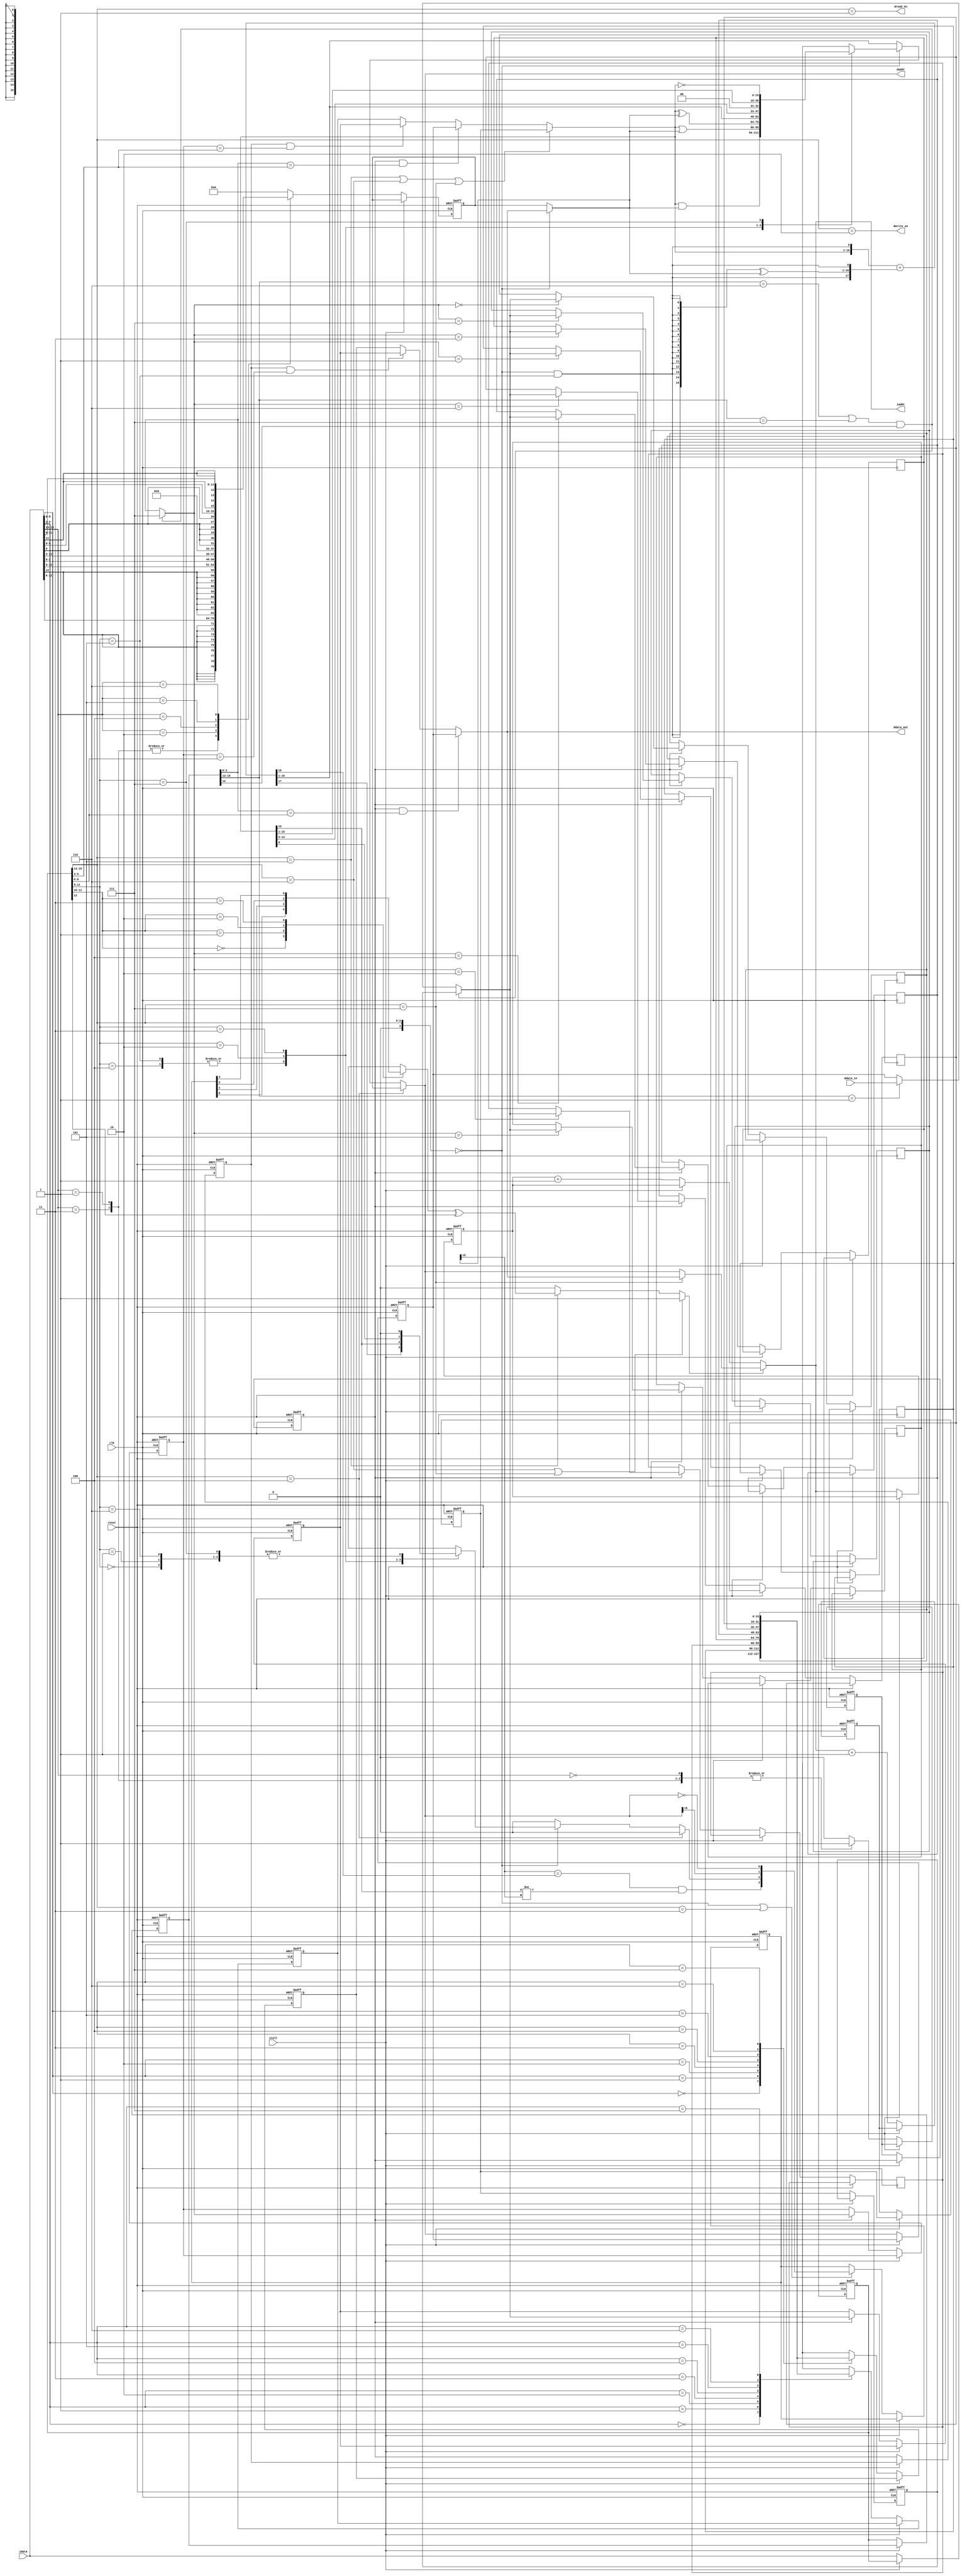
// 
// Copyright 2013 Jeff Bush
// 
// Licensed under the Apache License, Version 2.0 (the "License");
// you may not use this file except in compliance with the License.
// You may obtain a copy of the License at
// 
//     http://www.apache.org/licenses/LICENSE-2.0
// 
// Unless required by applicable law or agreed to in writing, software
// distributed under the License is distributed on an "AS IS" BASIS,
// WITHOUT WARRANTIES OR CONDITIONS OF ANY KIND, either express or implied.
// See the License for the specific language governing permissions and
// limitations under the License.
// 



//
// The execution pipeline has four stages:
//  Instruction Fetch -> Instruction Decode -> Execute -> Writeback
//

//`define ENABLE_TRACING 1

module pipeline(
    input           clk,
    input           reset,
    
    input           stall,

    // Instruction Memory Interface
    output[15:0]    iaddr,
    input[15:0]     idata,

    // Data Memory Interface
    output[15:0]    daddr,
    output[15:0]    ddata_out,
    input[15:0]     ddata_in,
    output          dwrite_en,
    output          dread_en);

    localparam LINK_REGISTER = 3'd7;

    // Instruction Type Field Values (bits 15-13)
    localparam IT_ARITH = 3'b000;
    localparam IT_LOAD = 3'b001;
    localparam IT_STORE = 3'b010;
    localparam IT_ADDI = 3'b011;
    localparam IT_LUI = 3'b100;
    localparam IT_CONDBR = 3'b101;
    localparam IT_UNCONDBR = 3'b110;
    localparam IT_BRANCHREG = 3'b111;

    // ALU operation (low bits of arithmetic instruction operation field)
    localparam OP_AND = 3'b000;
    localparam OP_OR = 3'b001;
    localparam OP_SHL = 3'b010;
    localparam OP_SHR = 3'b011;
    localparam OP_ADD = 3'b100;
    localparam OP_SUB = 3'b101;
    localparam OP_XOR = 3'b110;
    localparam OP_NOT = 3'b111;
    
    // Condition flags
    localparam CC_Z = 2'd0;
    localparam CC_N = 2'd1;
    localparam CC_C = 2'd2;
    localparam CC_O = 2'd3;

    // Architectural State
    reg[15:0] pc;
    reg[15:0] registers[0:7];
    reg[3:0] condition_codes;
    
    integer i;
    initial
    begin
        for (i = 0; i < 8; i = i + 1)
            registers[i] = 0;
    end

    // Signals that are internal to a stage are prefixed with a two character stage 
    // identifier.  Signals that connect stages have two prefixes: the source and 
    // destination stages.
    reg[15:0] if_id_pc;
    wire[15:0] if_id_instruction;
    reg[15:0] id_ex_instruction;    
    reg[15:0] id_ex_rega;
    reg[15:0] id_ex_regb;
    reg id_ex_has_writeback;
    reg[15:0] id_ex_immediate;
    reg[15:0] id_ex_pc;
    reg[15:0] ex_wb_instruction;
    reg ex_wb_has_writeback;
    reg[15:0] ex_alu_result;
    reg[15:0] ex_wb_result;
    wire[16:0] ex_add_sub_result;   // Note extra bit
    wire ex_ignore;
    wire[3:0] ex_instruction_type;
    wire[3:0] ex_arith_op;
    reg[15:0] ex_wb_pc;
    reg[15:0] ex_regb_bypassed;
    reg[15:0] ex_operand1;
    reg[15:0] ex_operand2;
    wire ex_carry_in;
    reg ex_carry_out;
    wire use_cc;
    wire ex_do_subtract;
    wire ex_is_branch;
    wire ex_overflow;
    reg ex_branch_flag;
    reg ex_if_branch_en;
    wire[15:0] ex_if_branch_target;
    wire[2:0] wb_writeback_reg;
    reg[15:0] wb_writeback_value;
    wire wb_is_call;
    wire[2:0] wb_instruction_type;
    wire wb_link;
    reg[15:0] id_immediate;
    reg[2:0] wb_ex_bypass_reg;
    reg[15:0] wb_ex_bypass_value;
    reg wb_ex_has_bypass;
    wire wb_save_link;
    reg[15:0] pc_nxt;

    //////////////////////////////////////////////////////////////
    //
    // Instruction Fetch Stage
    //
    //////////////////////////////////////////////////////////////

    always @*
    begin
        if (ex_if_branch_en)
            pc_nxt = ex_if_branch_target;
        else if (stall)
            pc_nxt = pc;
        else 
            pc_nxt = pc + 16'd1;
    end

    assign iaddr = pc_nxt;
    assign if_id_instruction = idata;   // Note: has latency of one cycle

    always @(posedge clk, posedge reset)
    begin
        if (reset)
        begin
            if_id_pc <= 0;
            pc <= 16'hffff;
        end
        else if (!stall)
        begin
            pc <= pc_nxt;
            if_id_pc <= iaddr + 16'd1;
        end
    end

    //////////////////////////////////////////////////////////////
    //
    // Instruction Decode Stage
    //
    //////////////////////////////////////////////////////////////

    always @*
    begin
        case (if_id_instruction[15:13])
            IT_LOAD,
            IT_ADDI: id_immediate = { {9{if_id_instruction[12]}}, 
                if_id_instruction[12:6] };
            IT_STORE: id_immediate = { {9{if_id_instruction[12]}}, 
                if_id_instruction[12:9], if_id_instruction[2:0] };
            IT_LUI: id_immediate = { if_id_instruction[12:3], 6'd0 };
            IT_CONDBR: id_immediate = { {6{if_id_instruction[9]}}, 
                if_id_instruction[9:0] };
            IT_UNCONDBR: id_immediate = { {4{if_id_instruction[11]}}, 
                if_id_instruction[11:0] };
            default: id_immediate = 0;
        endcase 
    end

    always @(posedge clk, posedge reset)
    begin
        if (reset)
        begin
            id_ex_instruction <= 0;
            id_ex_rega <= 0;
            id_ex_regb <= 0;
            id_ex_has_writeback <= 0;
            id_ex_immediate <= 0;
            id_ex_pc <= 0;
        end
        else if (!stall)
        begin
            id_ex_instruction <= if_id_instruction;
            id_ex_rega <= registers[if_id_instruction[5:3]];
            id_ex_regb <= registers[if_id_instruction[8:6]];
            id_ex_pc <= if_id_pc;
            id_ex_immediate <= id_immediate;
            case (if_id_instruction[15:13])
                IT_ARITH,
                IT_LOAD,
                IT_ADDI,
                IT_LUI: id_ex_has_writeback <= 1;
                default: id_ex_has_writeback <= 0;
            endcase
        end
    end 

    //////////////////////////////////////////////////////////////
    //
    // Execute Stage
    //
    //////////////////////////////////////////////////////////////

    assign ex_instruction_type = id_ex_instruction[15:13];
    assign ex_arith_op = id_ex_instruction[11:9];
    assign ex_is_branch = ex_instruction_type == IT_CONDBR
        || ex_instruction_type == IT_UNCONDBR
        || ex_instruction_type == IT_BRANCHREG;

    // ALU Operand1. Bypasses results from end of execute/writeback stages.
    // This will also select PC as the first operand for branches (reusing
    // the ALU to compute the branch target).
    always @*
    begin
        if (ex_is_branch)
            ex_operand1 = id_ex_pc;
        else if (ex_wb_has_writeback && ex_wb_instruction[2:0] == id_ex_instruction[5:3])
            ex_operand1 = ex_wb_result; 
        else if (wb_ex_has_bypass && wb_ex_bypass_reg == id_ex_instruction[5:3])
            ex_operand1 = wb_ex_bypass_value;
        else
            ex_operand1 = id_ex_rega;
    end

    // Bypass regb from execute/writeback stages.
    // for stores, we will use this for the value to be stored, and operand 2 will 
    // contain the offset.
    always @*
    begin
        if (ex_wb_has_writeback && ex_wb_instruction[2:0] == id_ex_instruction[8:6])
            ex_regb_bypassed = ex_wb_result; 
        else if (wb_ex_has_bypass && wb_ex_bypass_reg == id_ex_instruction[8:6])
            ex_regb_bypassed = wb_ex_bypass_value;
        else
            ex_regb_bypassed = id_ex_regb;
    end
    
    // ALU Operand 2.  Select either register value or immediate value.  
    // The ALU is also overloaded to compute memory access addresses.
    always @*
    begin
        if (ex_instruction_type == IT_ARITH)
            ex_operand2 = ex_regb_bypassed;
        else 
            ex_operand2 = id_ex_immediate;
    end

    // ALU
    assign use_cc = ex_arith_op[3];
    assign ex_do_subtract = ex_instruction_type == IT_ARITH && ex_arith_op == OP_SUB;
    assign ex_carry_in = (ex_do_subtract ^ (condition_codes[CC_C] && use_cc));
    assign { ex_add_sub_result, ex_ignore } = { 1'b0, ex_operand1, ex_carry_in } 
        + { ex_do_subtract, {16{ex_do_subtract}} ^ ex_operand2, ex_carry_in };
    assign ex_overflow = ex_operand2[15] == ex_add_sub_result[15] 
        && ex_operand1[15] != ex_operand2[15];

    always @*
    begin
        ex_carry_out = 0;

        if (ex_instruction_type == IT_LUI)
            ex_alu_result = id_ex_immediate;
        else if (ex_instruction_type == IT_ARITH)
        begin
            case (ex_arith_op[2:0])
                OP_AND: ex_alu_result = ex_operand1 & ex_operand2;
                OP_OR: ex_alu_result = ex_operand1 | ex_operand2; 
                OP_XOR: ex_alu_result = ex_operand1 ^ ex_operand2;
                OP_ADD,
                OP_SUB: { ex_carry_out, ex_alu_result } = ex_add_sub_result;
                OP_SHL: { ex_carry_out, ex_alu_result } = { ex_operand1, condition_codes[CC_C] && use_cc };
                OP_SHR: { ex_alu_result, ex_carry_out } = { use_cc && condition_codes[CC_C], ex_operand1 };
                OP_NOT: ex_alu_result = ~ex_operand1;
            endcase
        end
        else
            ex_alu_result = ex_add_sub_result[15:0];
    end

    // Branch control
    always @*
    begin
        case (id_ex_instruction[11:10])
            CC_Z: ex_branch_flag = condition_codes[CC_Z];
            CC_N: ex_branch_flag = condition_codes[CC_N];
            CC_C: ex_branch_flag = condition_codes[CC_C];
            CC_O: ex_branch_flag = condition_codes[CC_O];
        endcase
    end

    assign ex_if_branch_target = ex_instruction_type == IT_BRANCHREG
        ? ex_regb_bypassed
        : ex_alu_result; 

    always @*
    begin
        if (ex_instruction_type == IT_UNCONDBR || ex_instruction_type == IT_BRANCHREG)
            ex_if_branch_en = 1;
        else if (ex_instruction_type == IT_CONDBR)
            ex_if_branch_en = ex_branch_flag ^ id_ex_instruction[12];
        else
            ex_if_branch_en = 0;
    end
    
    // Data access
    assign daddr = ex_alu_result;
    assign dwrite_en = ex_instruction_type == IT_STORE;
    assign dread_en = ex_instruction_type == IT_LOAD;
    assign ddata_out = ex_regb_bypassed;
    
    always @(posedge clk, posedge reset)
    begin
        if (reset)
        begin
            ex_wb_instruction <= 0;
            ex_wb_has_writeback <= 0;
            ex_wb_result <= 0;
            ex_wb_pc <= 0;
            condition_codes <= 0;
        end
        else if (!stall)
        begin
            ex_wb_instruction <= id_ex_instruction;
            ex_wb_has_writeback <= id_ex_has_writeback;
            ex_wb_result <= ex_alu_result;
            ex_wb_pc <= id_ex_pc;
            if (ex_instruction_type == IT_ARITH || ex_instruction_type == IT_ADDI)
            begin
                condition_codes <= { ex_overflow, ex_carry_out, ex_alu_result[15], 
                    ex_alu_result == 0 }; // OCNZ
            end
            
`ifdef ENABLE_TRACING
            if (dwrite_en)
            begin
                $display("%m %x: mem[%x] <= %x", id_ex_pc - 1, ex_alu_result,
                    ex_regb_bypassed);
            end
`endif
        end
    end     

    //////////////////////////////////////////////////////////////
    //
    // Writeback Stage
    //
    //////////////////////////////////////////////////////////////

    assign wb_save_link = (wb_instruction_type == IT_UNCONDBR 
        || wb_instruction_type == IT_BRANCHREG) && ex_wb_instruction[12];
    assign wb_writeback_reg = wb_save_link ? LINK_REGISTER : ex_wb_instruction[2:0];
    assign wb_instruction_type = ex_wb_instruction[15:13];

    always @*
    begin
        if (wb_save_link)
            wb_writeback_value = ex_wb_pc;
        else if (wb_instruction_type == IT_LOAD)
            wb_writeback_value = ddata_in;
        else
            wb_writeback_value = ex_wb_result;
    end

    always @(posedge clk, posedge reset)
    begin
        if (reset)
        begin
            wb_ex_bypass_reg <= 0;
            wb_ex_bypass_value <= 0;
            wb_ex_has_bypass <= 0;
        end
        else if (!stall)
        begin
            wb_ex_has_bypass <= ex_wb_has_writeback;
            if (ex_wb_has_writeback)
            begin
                registers[wb_writeback_reg] <= wb_writeback_value;
                wb_ex_bypass_reg <= wb_writeback_reg;
                wb_ex_bypass_value <= wb_writeback_value;

`ifdef ENABLE_TRACING
                if (ex_wb_instruction != 0)
                begin
                    $display("%m %04x: r%d <= %04x", ex_wb_pc - 1, wb_writeback_reg, 
                        wb_writeback_value);
                end
`endif
            end
        end
    end
endmodule